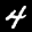
Label: 4